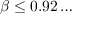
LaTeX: \beta \leq 0 . 9 2 \dots